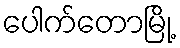
ပေါက်တောမြို့